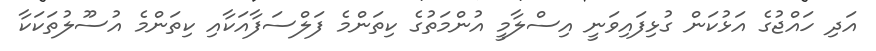
އަދި ހައްޖުގެ އަޅުކަން ގުޅިފައިވަނީ އިސްލާމީ އުންމަތުގެ ކިތަންމެ ފަލްސަފާއަކާއި ކިތަންމެ އުސޫލުތަކަކާ